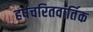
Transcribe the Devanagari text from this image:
हर्षचरितवार्तिक